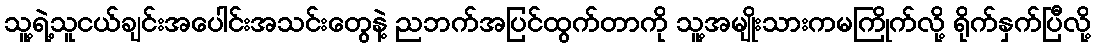
သူ့ရဲ့သူငယ်ချင်းအပေါင်းအသင်းတွေနဲ့ ညဘက်အပြင်ထွက်တာကို သူ့အမျိုးသားကမကြိုက်လို့ ရိုက်နှက်ပြီလို့